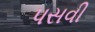
પસવી